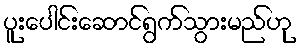
ပူးပေါင်းဆောင်ရွက်သွားမည်ဟု